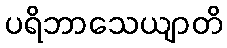
ပရိဘာသေယျာတိ